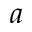
^ a